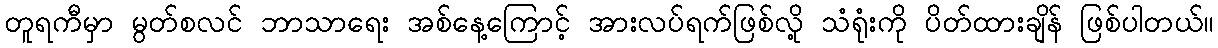
တူရကီမှာ မွတ်စလင် ဘာသာရေး အစ်နေ့ကြောင့် အားလပ်ရက်ဖြစ်လို့ သံရုံးကို ပိတ်ထားချိန် ဖြစ်ပါတယ်။